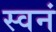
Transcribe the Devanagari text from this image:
स्वनं